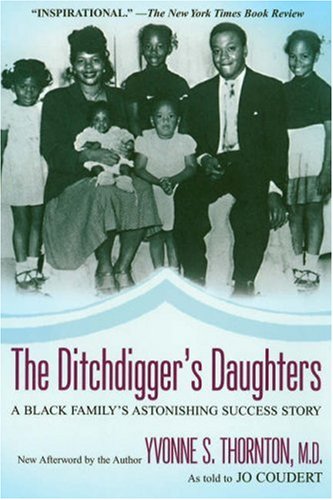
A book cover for The Ditchdigger's Daughters; Yvonne S. Thornton; Biographies & Memoirs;